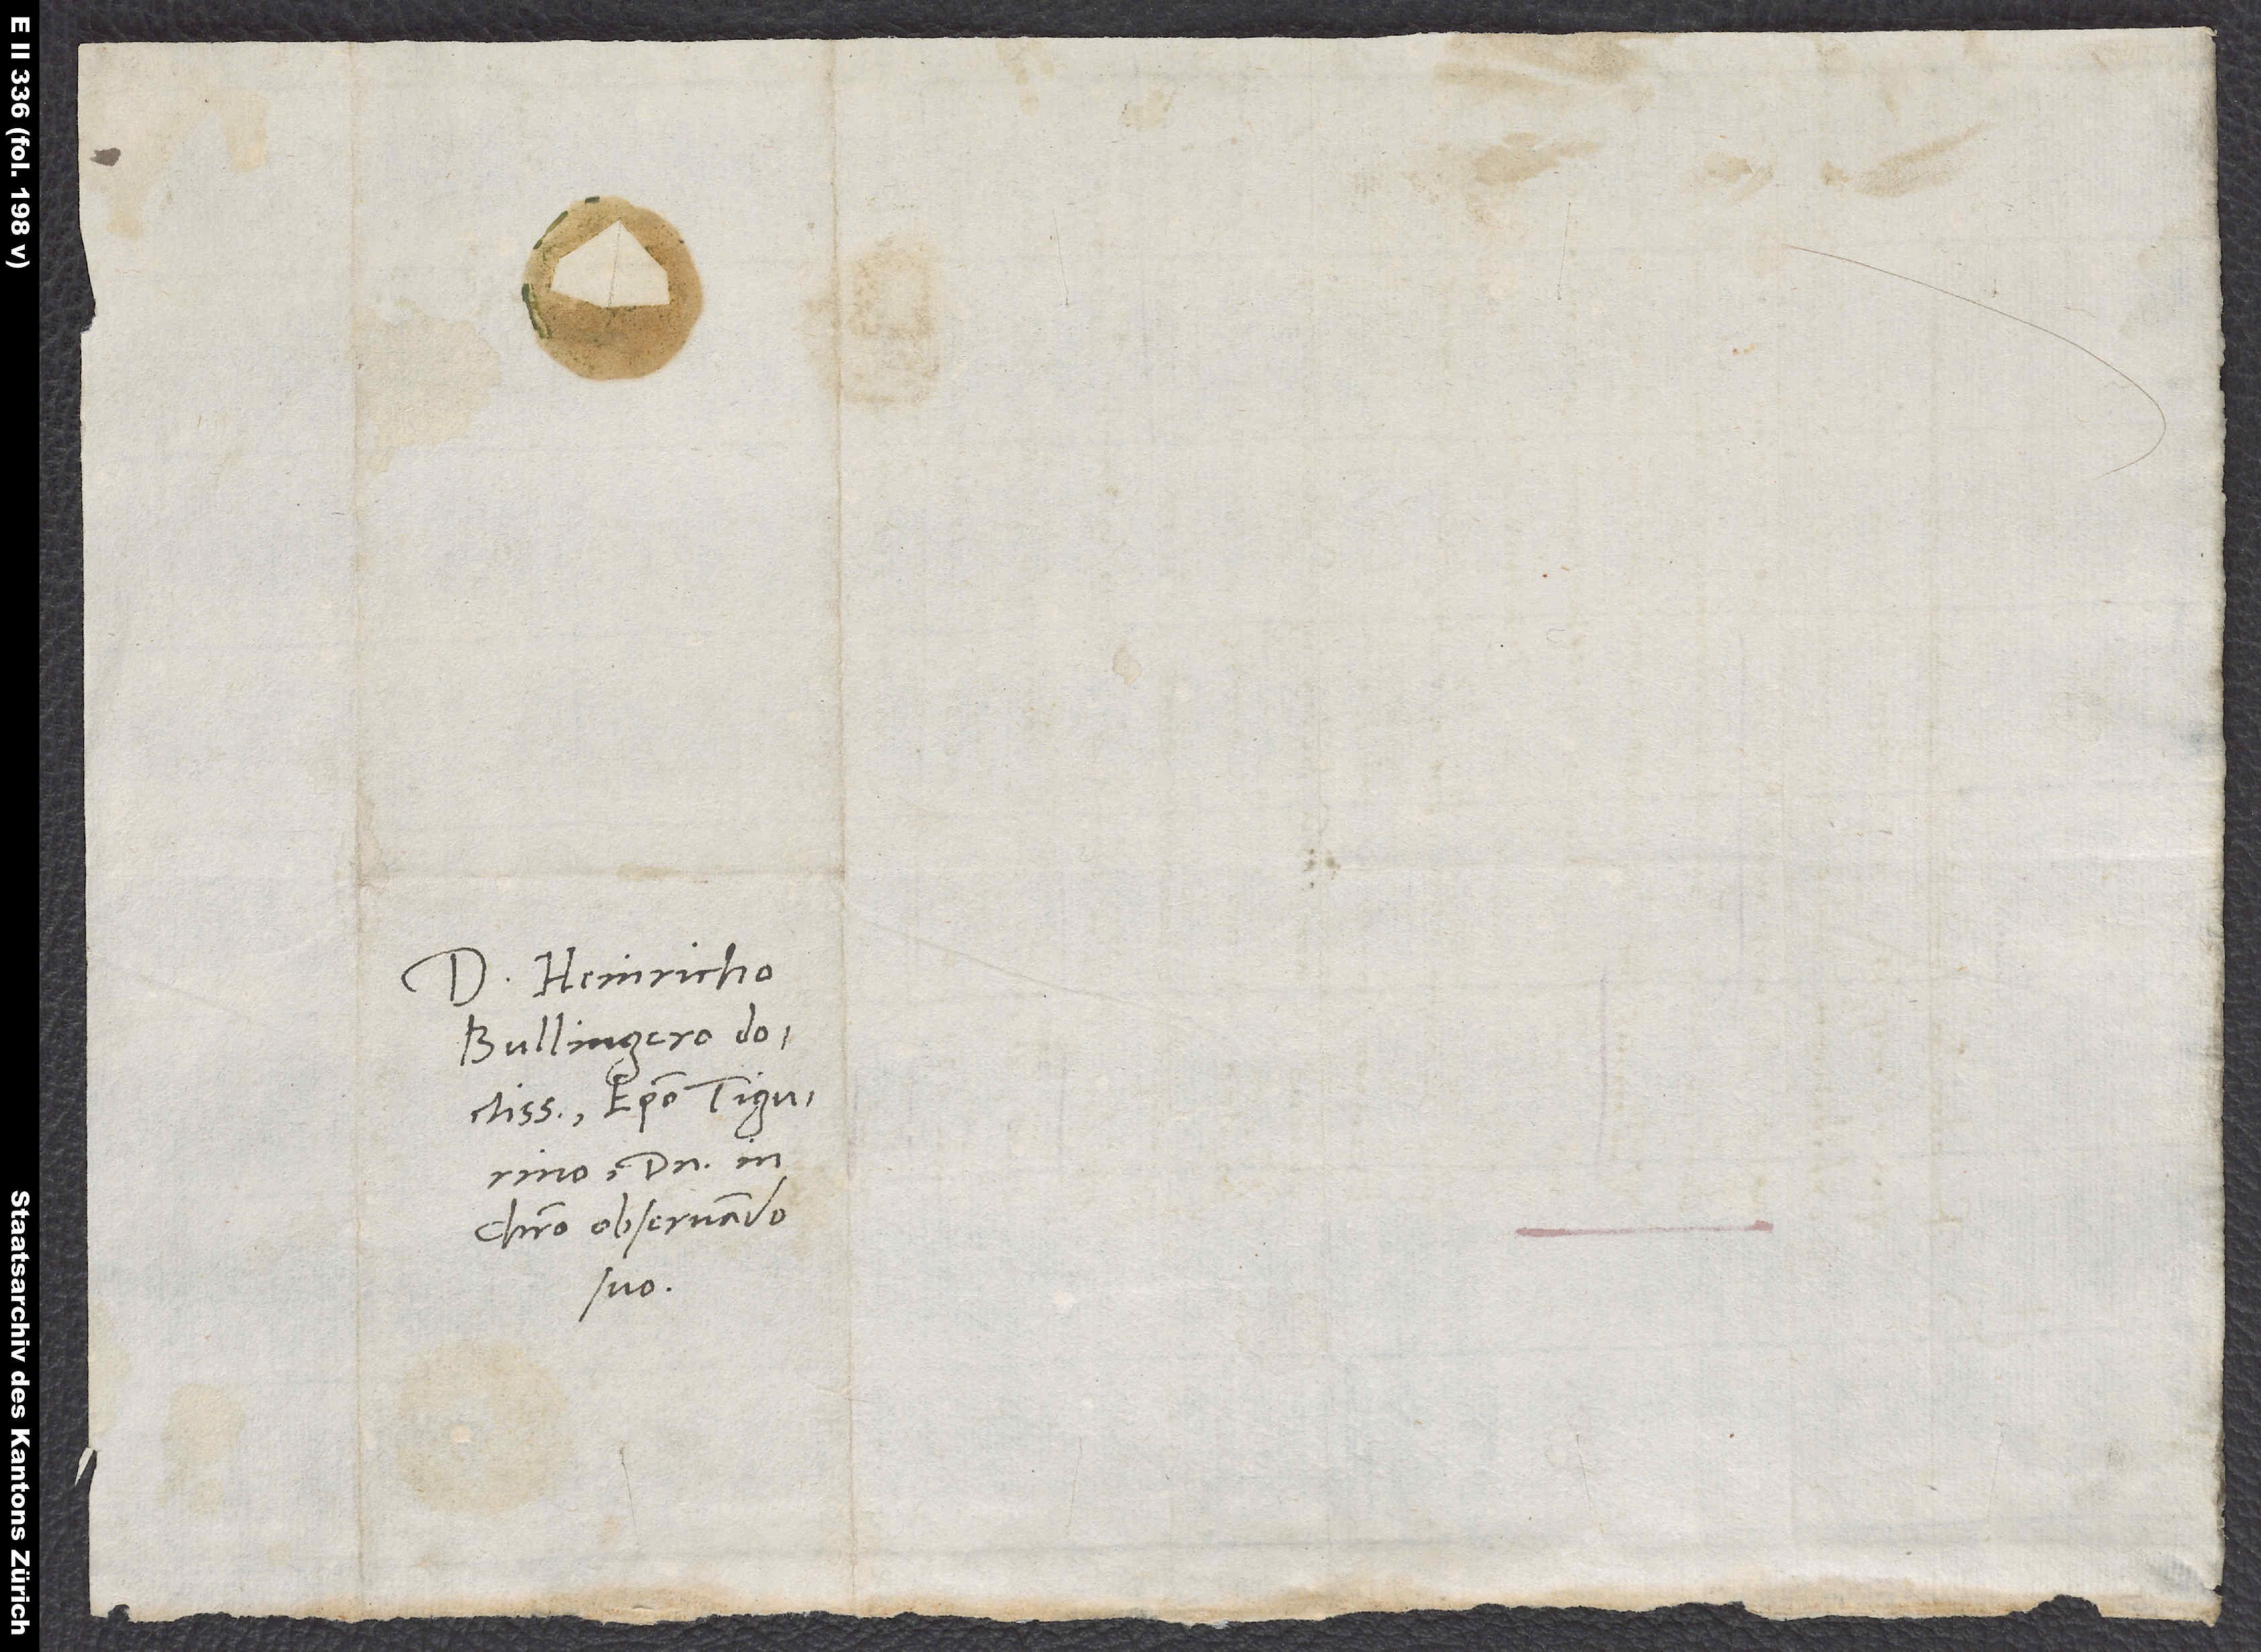
Domino Heinricho
Bullingero
doctissimo, episcopo Tigurino,
domino in
Christo observando
suo.